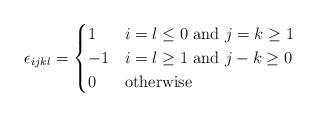
LaTeX: \begin{align*}\epsilon_{ijkl}=\begin{cases}1 & \mbox{$i=l \leq 0$ and $j=k\geq1$}\\-1 & \mbox{$i=l \geq 1$ and $j-k \geq 0$}\\0 & \mbox{otherwise}\end{cases}\end{align*}